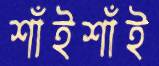
শাঁইশাঁই